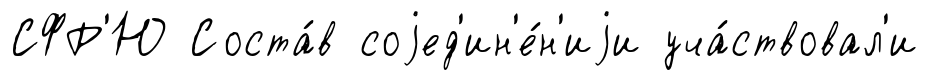
СФР'Ю Соста́в соjед'ин'е́н'иjи уча́ствовал'и